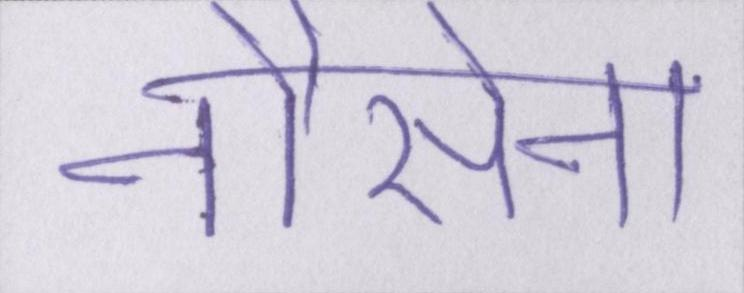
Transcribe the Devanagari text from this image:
नौसेना